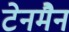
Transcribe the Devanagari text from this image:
टेनमैन